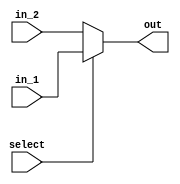
`timescale 1ns / 1ps
//////////////////////////////////////////////////////////////////////////////////
// Company: 
// Engineer: 
// 
// Design Name: 
// Module Name:    mux2 
// Project Name: 
// Target Devices: 
// Tool versions: 
// Description: 
//
// Dependencies: 
//
// Revision: 
// Revision 0.01 - File Created
// Additional Comments: 
//
//////////////////////////////////////////////////////////////////////////////////
module mux3(
	in_1,
	in_2,
	select,
	out
    );

input [31:0] in_1;
input [31:0]in_2;
input select;
output [31:0] out;

assign out = (select) ? in_1 : in_2;

endmodule